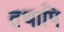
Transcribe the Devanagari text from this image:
तथापि